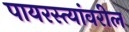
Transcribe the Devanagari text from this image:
पायरस्त्यांवरील